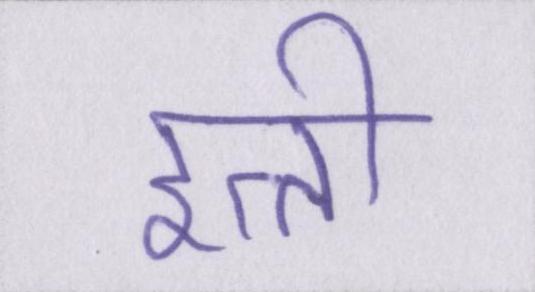
इत्ती